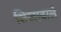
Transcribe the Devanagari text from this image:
शिखावाले